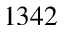
1 3 4 2